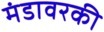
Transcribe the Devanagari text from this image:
मंडावरकी